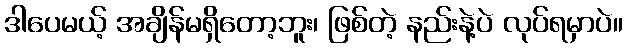
ဒါပေမယ့် အချိန်မရှိတော့ဘူး၊ ဖြစ်တဲ့ နည်းနဲ့ပဲ လုပ်ရမှာပဲ။